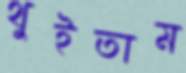
থুইতাম